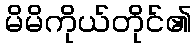
မိမိကိုယ်တိုင်၏